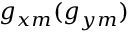
g _ { x m } ( g _ { y m } )